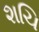
શચિ